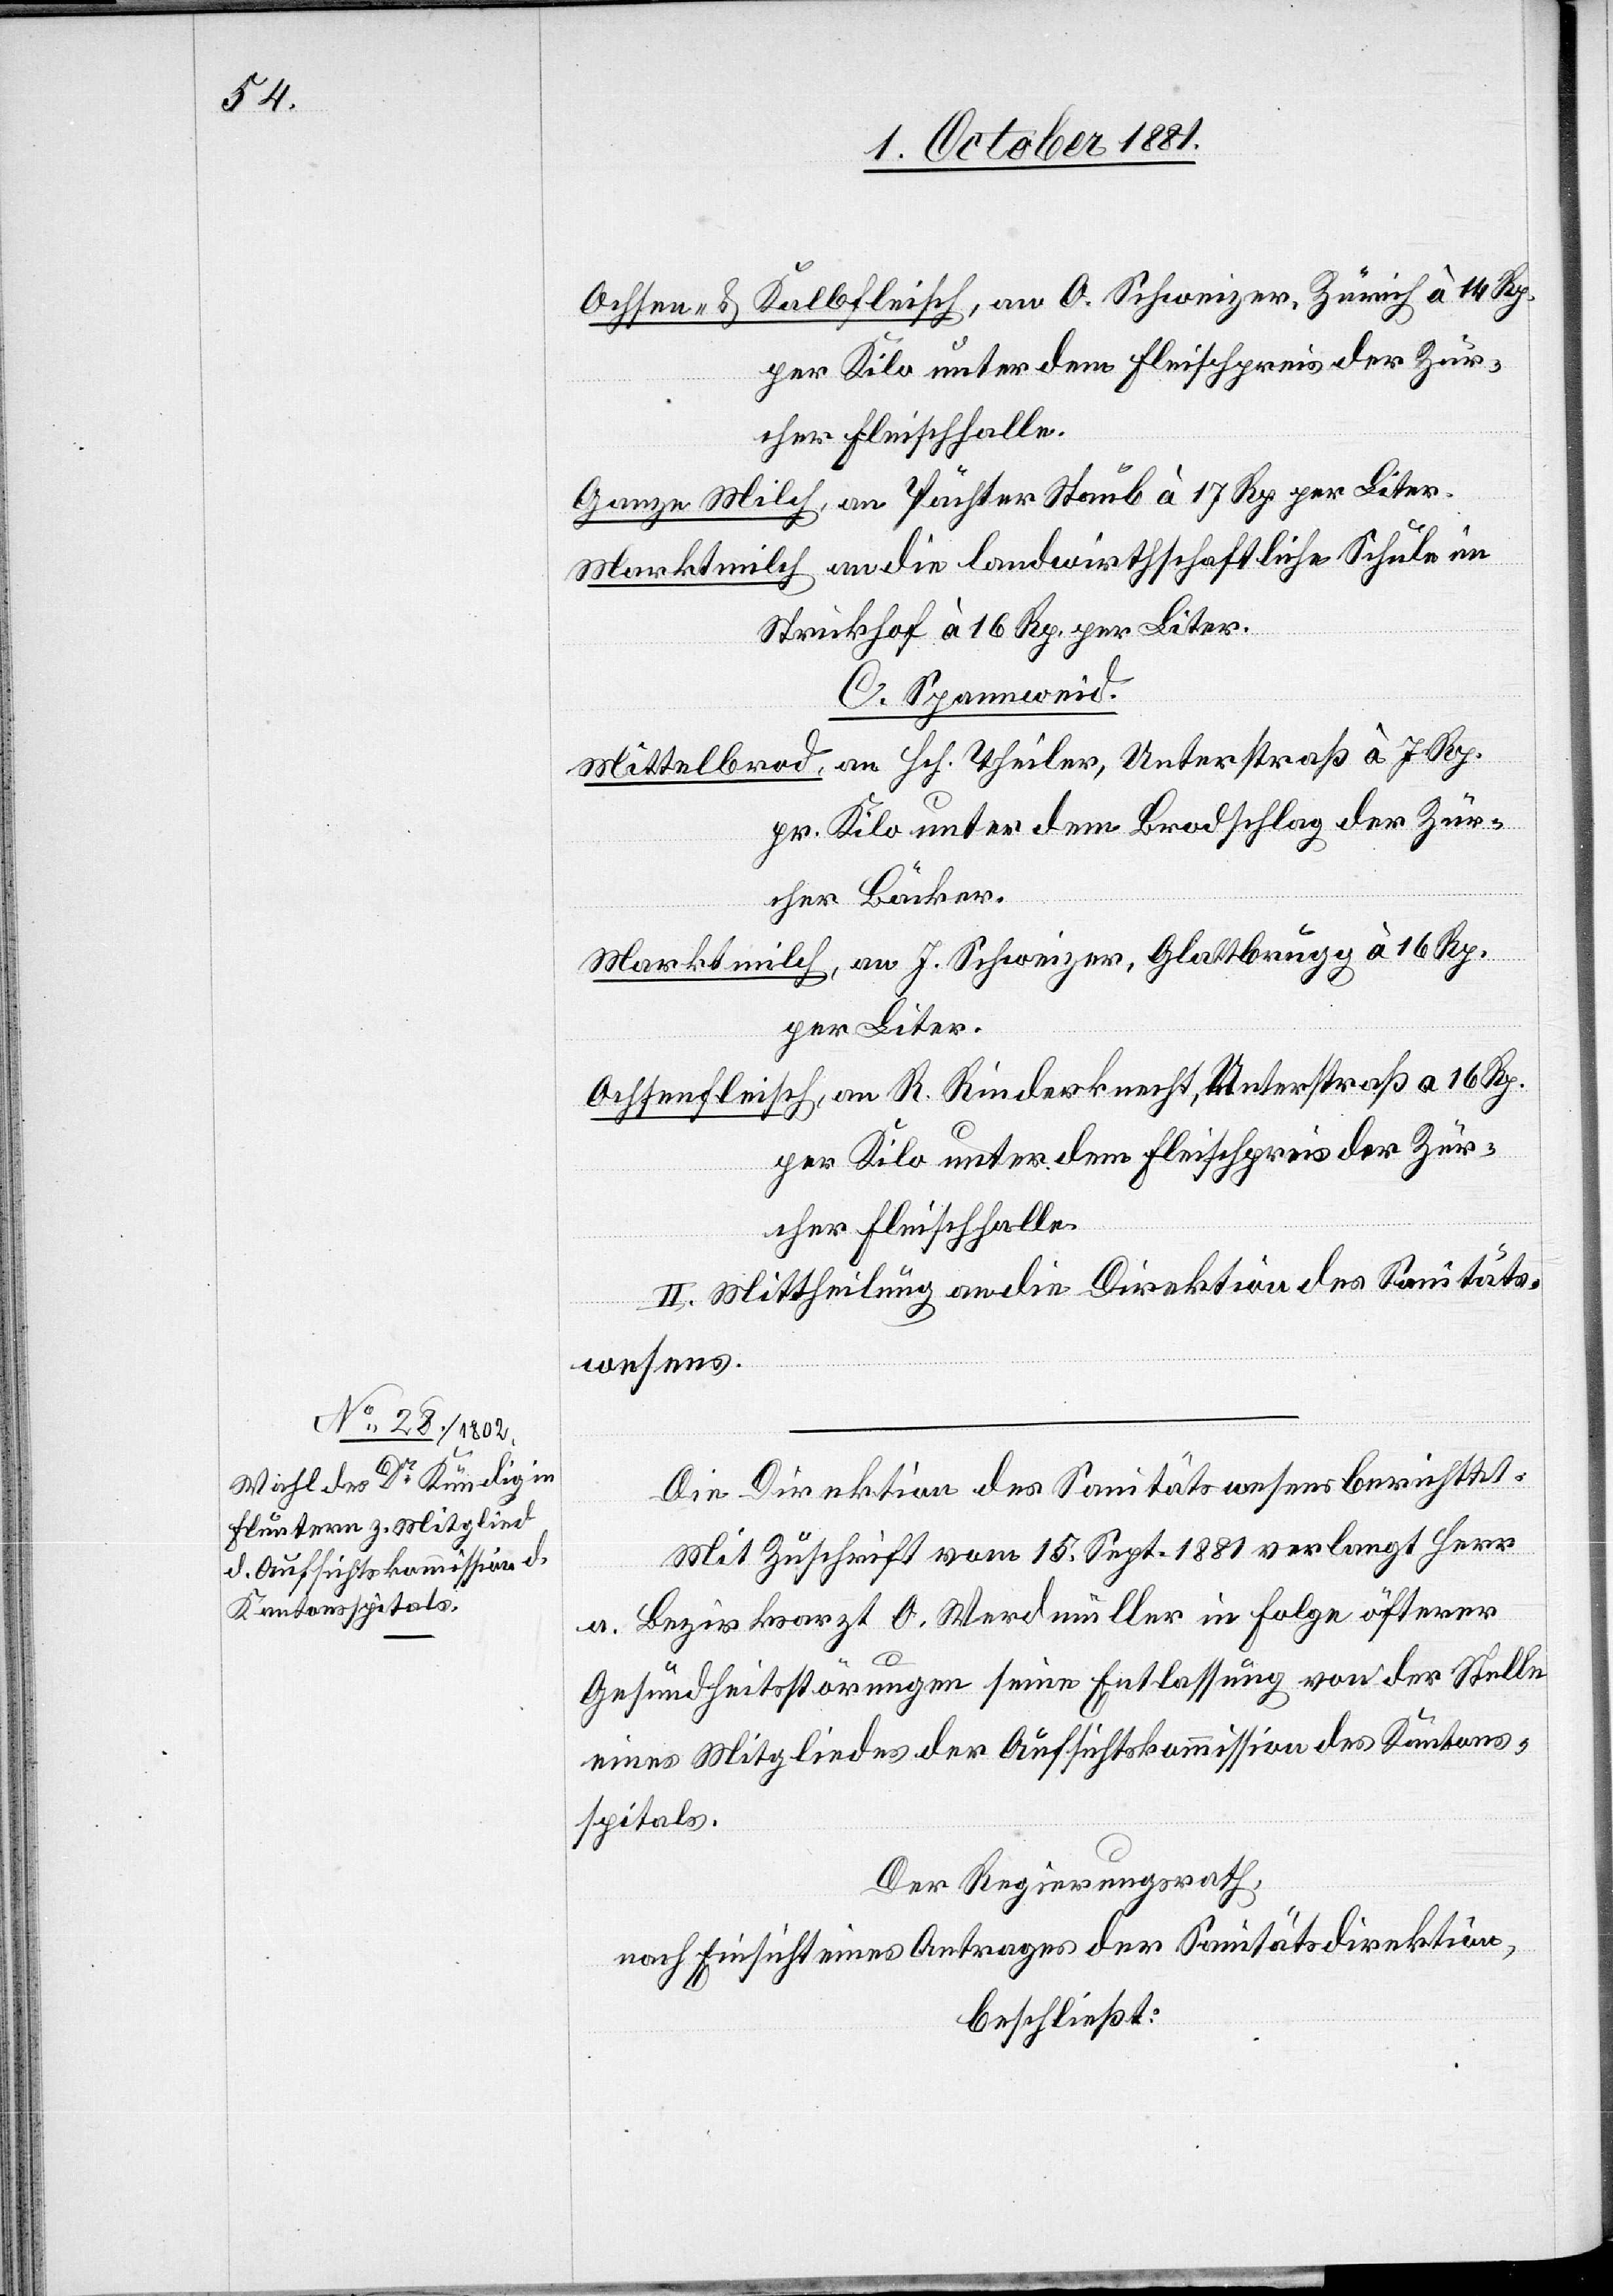
Ochsen- & Kalbfleisch, an O. Schweizer, Zürich à 14 Rp.
per Kilo unter dem Fleischpreis der Zür¬
icher Fleischhalle.
Ganze Milch, an Pächter Staub à 17 Rp. per Liter.
Marktmilch an die landwirtschaftliche Schule im
Strickhof à 16 Rp. per Liter.
C. Spannweid.
Mittelbrod, an Hch. Theiler, Unterstraß à 7 Rp.
pr. Kilo unter dem Brodschlag der Zür¬
icher Bäcker.
Marktmilch, an J. Schweizer, Glattbrugg à 16 Rp.
per Liter.
Ochsenfleisch, an R. rinderknecht, Unterstraß a 16 Rp.
II. Mittheilung an die Direktion des Sanitäts¬
wesens.
Die Direktion des Sanitätswesens berichtet:
Mit Zuschrift vom 15. Sept. 1881 verlangt Herr
a. Bezirksarzt O. Werdmüller in Folge öfterer
Gesundheitsstörungen seine Entlassung von der Stelle
eines Mitgliedes der Aufsichtskommission des Kantons¬
spitals.
Der Regierungsrath,
nach Einsicht eines Antrages der Sanitätsdirektion,
beschließt: